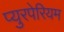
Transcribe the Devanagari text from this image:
प्युरपेरियम